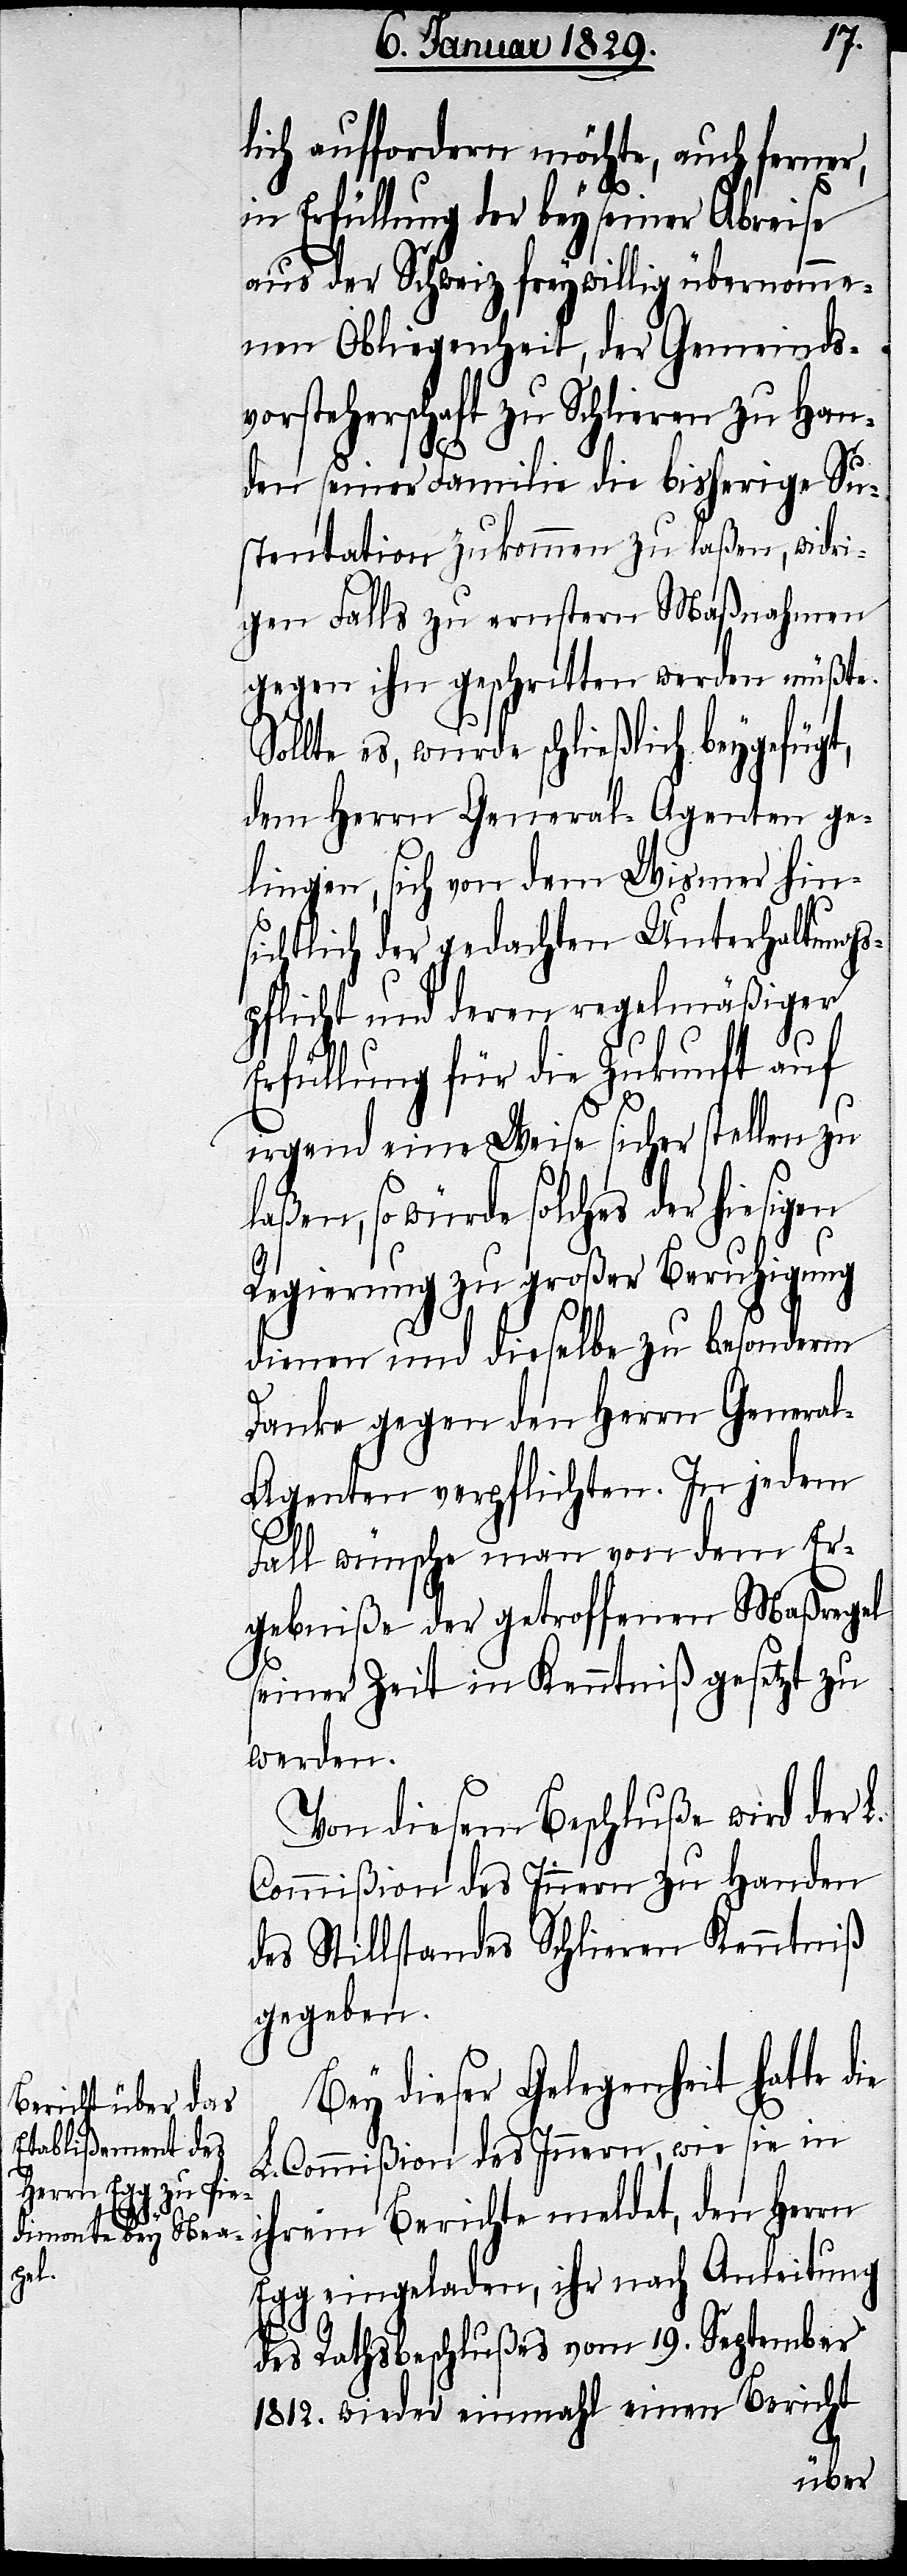
Sol¬

lich auffordern möchte, auch ferner,
in Erfüllung der bey seiner Abreise
aus der Schweiz freywillig übernomme¬
nen Obliegenheiten, der Gemeinds¬
vorsteherschaft zu Schlieren zu Han¬
den seiner Familie die bisherige Su¬
stentation zukommen zu laßen, widri¬
gen Falls zu ernsteren Maßnahmen
gegen ihn geschritten werden müßte.
lte es, wurde schließlich beygefügt,
dem Herrn General-Agenten ge¬
lingen, sich von dem Wismer hin¬
sichtlich der gedachten Unterhaltungs¬
pflicht und deren regelmäßiger
Erfüllung für die Zukunft auf
irgend eine Weise sicher stellen zu
laßen, so würde solches der hiesigen
Regierung zu großer Beruhigung
dienen und dieselbe zu besonderm
Danke gegen den Herrn Genera¬
l-Agenten verpflichten. In jedem
Fall wünsche man von dem Er¬
gebniße der getroffenen Maßregel
seiner Zeit in Kenntniß gesetzt zu
werden.
Von diesem Beschluße wird der L.
Commißion des Innern zu Handen
des Stillstandes Schlieren Kenntniß
gegeben.
Bey dieser Gelegenheit hatte
L. Commißion des Innern, wie sie in
ihrem Berichte meldet, den Herrn
Egg eingeladen, ihr nach Anleitung
des Rathsbeschlußes vom 19. September
1812. wieder einmahl einen Bericht